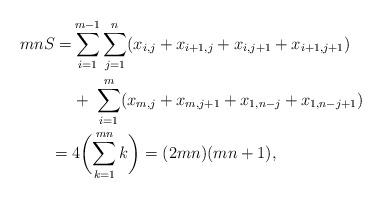
LaTeX: \begin{align*}mnS = &\sum_{i=1}^{m-1} \sum_{j=1}^{n} ( x_{i,j} + x_{i+1,j} + x_{i,j+1} + x_{i+1,j+1}) \\ &+ \; \sum_{i=1}^{m} ( x_{m,j} + x_{m,j+1} + x_{1,n-j} + x_{1,n-j+1}) \; \\ = \; &4\biggl( \sum_{k=1}^{mn} k \biggr) = (2mn)(mn+1),\end{align*}